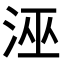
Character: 𭰘